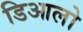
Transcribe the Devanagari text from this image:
डिआलो